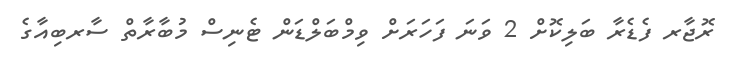
ރޮޖާރ ފެޑެރާ ބަލިކޮށް 2 ވަނަ ފަހަރަށް ވިމްބަލްޑަން ޓެނިސް މުބާރާތް ސާރބިއާގެ